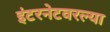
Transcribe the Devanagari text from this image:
इंटरनेटवरल्या